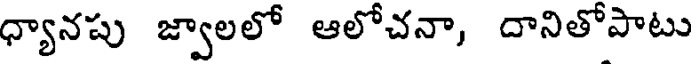
ధ్యానపు జ్వాలలో ఆలోచనా, దానితోపాటు